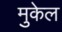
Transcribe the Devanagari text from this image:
मुकेल